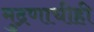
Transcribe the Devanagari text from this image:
मुद्रणाचीही